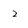
Character: 2